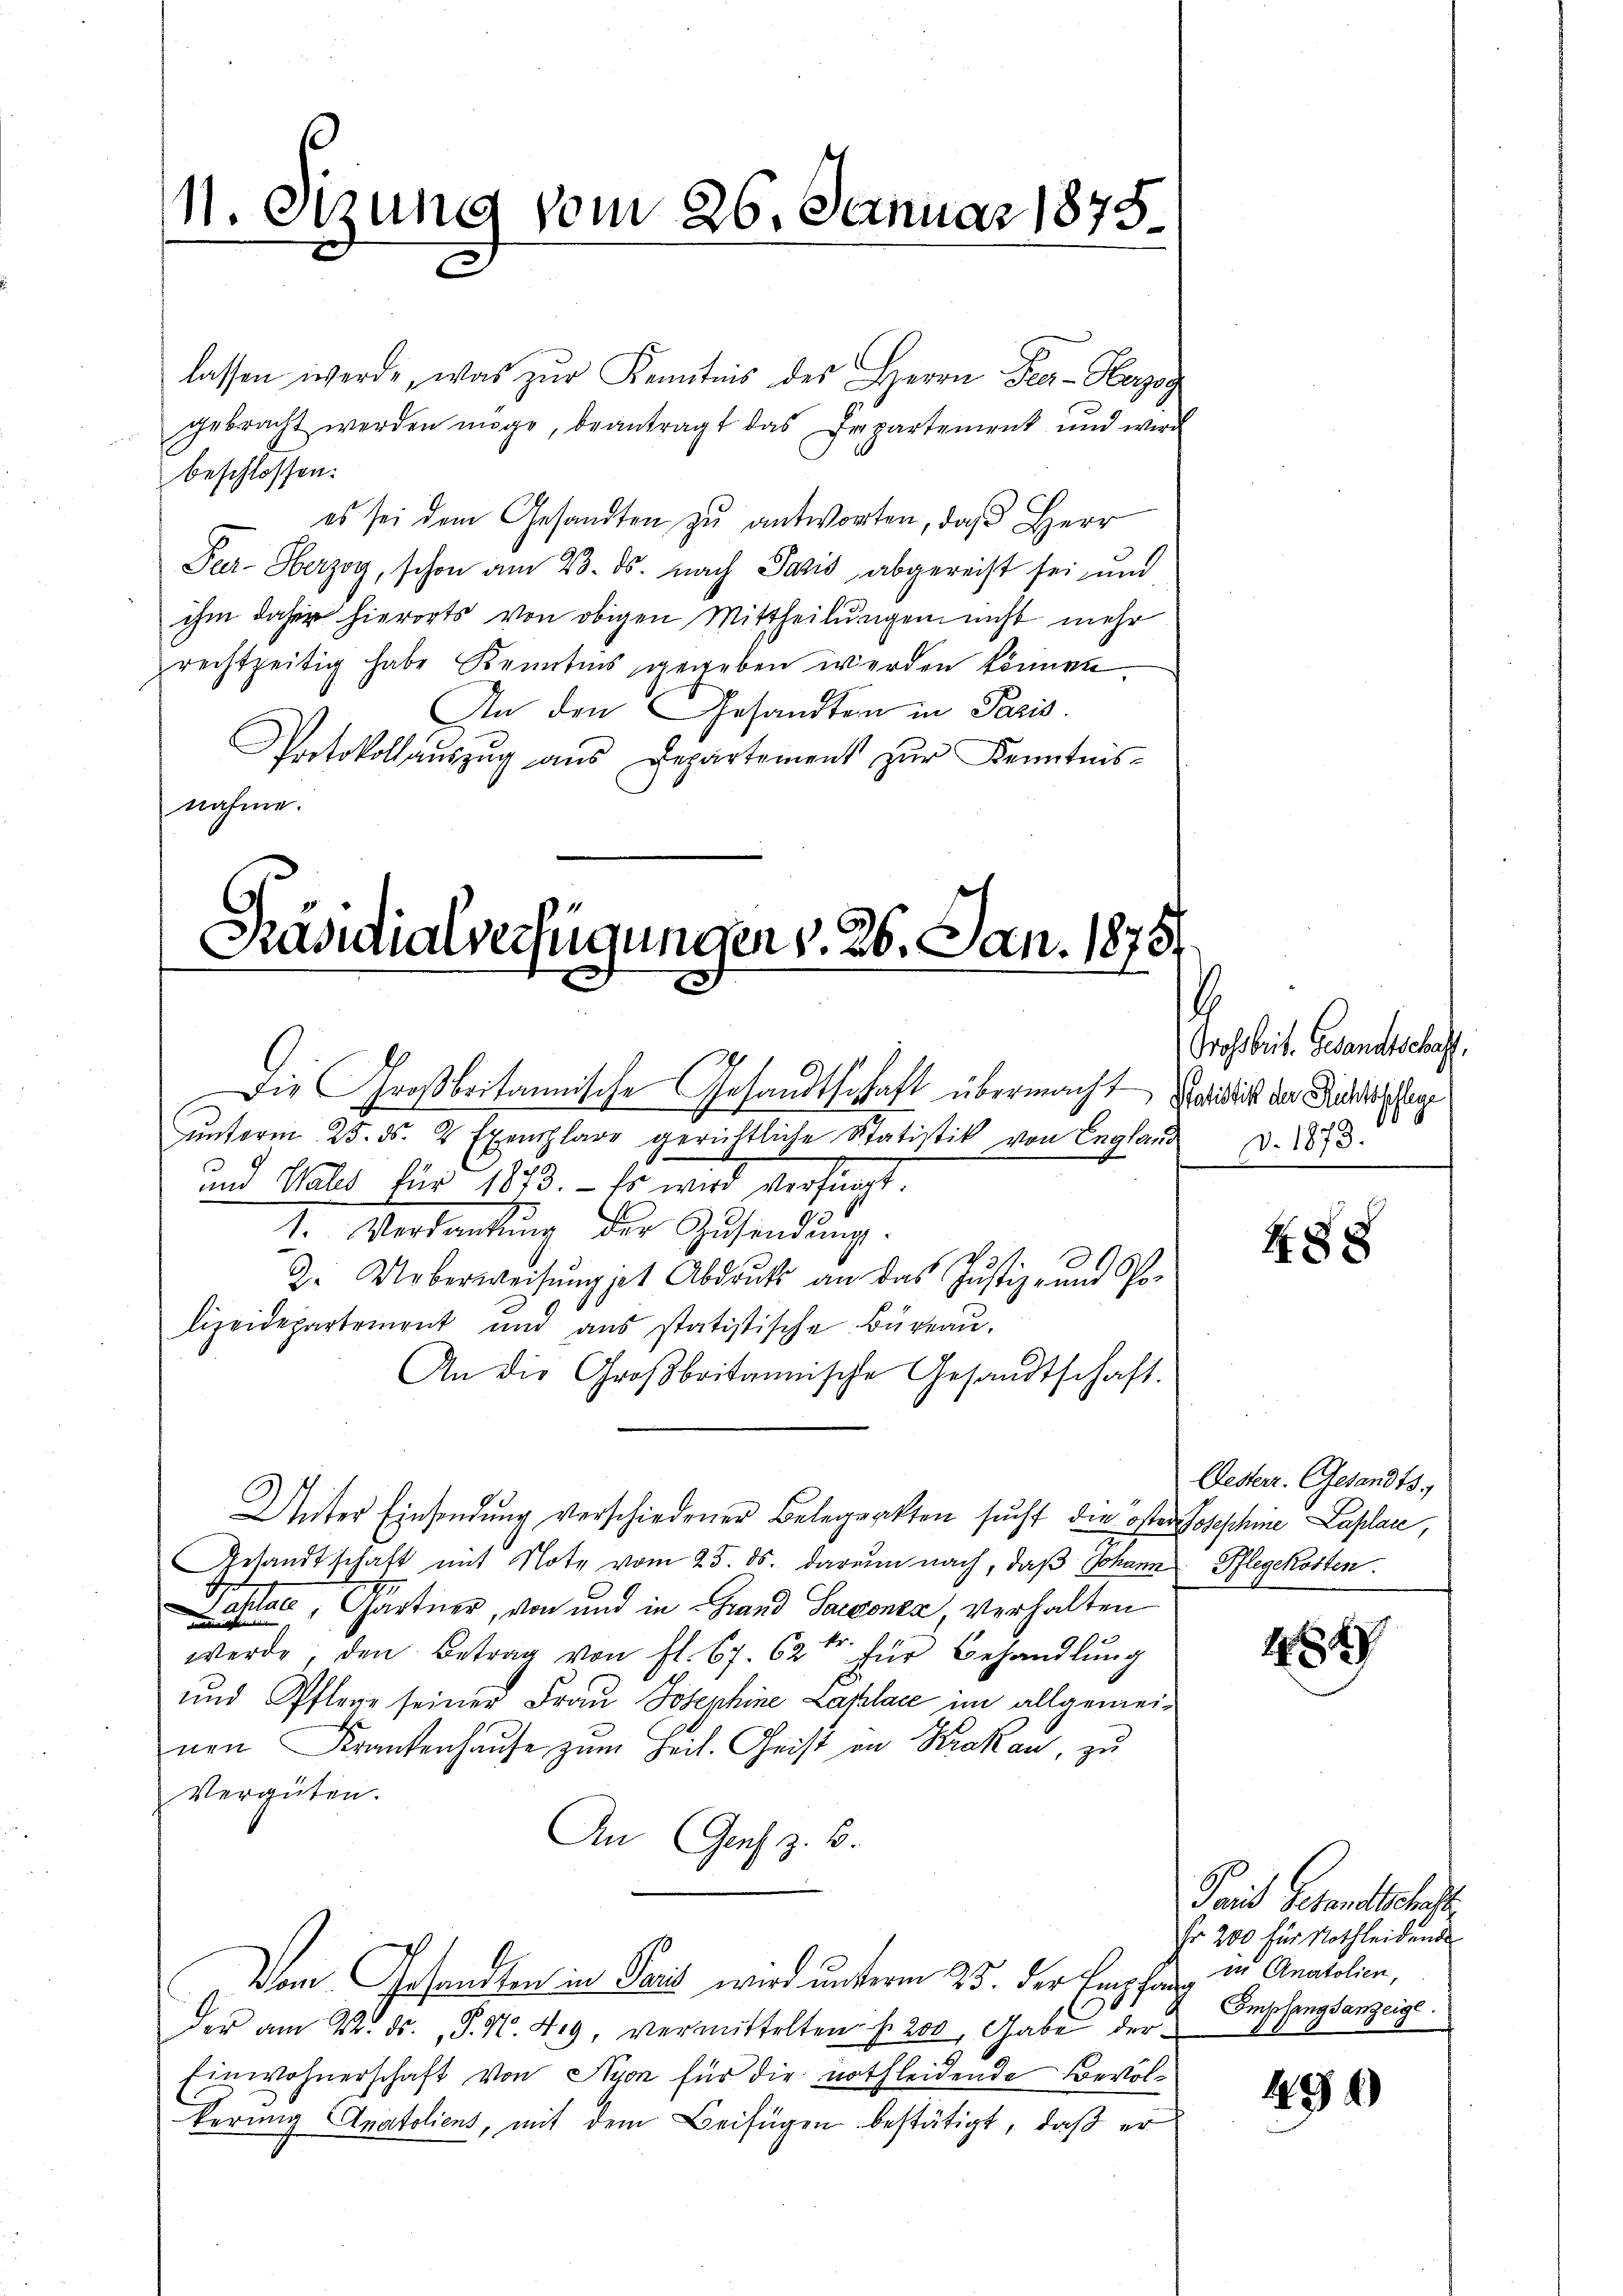
11. Sizung vom 26. Januar 1878.

lassen werde, was zŭr Kenntnis des Herrn Peer- Herzog
gebracht werden möge, beantragt das Departement und wird
beschlossen:
es sei dem Gesandten zu antworten, daß Herr
Pur- Herzog, schon am 23. ds. nach Pasis abgereist sei und
ihm daher hierorts von obigen Mittheilungen nicht mehr
rechtzeitig habe Kenntnis gegeben werden können
An den Gesandten in Paris.
Protokollaŭszŭg aŭs Departement zŭr Kenntnis-
nahme.

Präsidialverfügungen v. 26. Jan. 1875

Die Großbritannische Gesandtschaft übermacht
ŭnterm 25. ds. 2 Exemplare gerichtliche Statistik von England d. 1873.
und Vales für 1873. - Es wird verfügt:
I. Verdankung der Zusendung.
Z. Ueberweisŭngset Abdruk an das Justiz- und Polizeidepartement und ans statistische Büreau.
An die Großbritannische Gesandtschaft.
Unter Einsendung verschiedener Belegatten sucht die öster Jososchine Laplan,
Gesandtschaft mit Note vom 25. ds. darum nach, daß Johann Pflegekosten.
aslac, Gärtner, von und in Grand Sacconea verhalten
werde, den Betrag von fl. 67. 62 für Behandlŭng
und Pflege seiner Frau Josephine Lachlace im allgemeinen Krankenhause zum Heil. Geist in Krakau, zu
Vergüten.
An Gras z. B.
Dom. Gesandten in Paris wird unterm 25. der Empfang in Anatolien,
der am 22. ds. S. N. 49, vermittelten f. 200, Gabe der
Einwohnerschaft von Nyon für die nothleidende Bevölkerung Anatoliens, mit dem Beifügen bestätigt, daß er

6
Grossbrit. Gesandtschaft,
Satistik der Richtspflege

488

Gesterr. Gesandts

4847

Taid Gesandtsche
Fr. 200 für Nothleidende
Empfangsanzeige

436